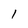
Character: l